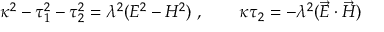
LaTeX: \kappa ^ { 2 } - \tau _ { 1 } ^ { 2 } - \tau _ { 2 } ^ { 2 } = \lambda ^ { 2 } ( E ^ { 2 } - H ^ { 2 } ) ~ , \qquad \kappa \tau _ { 2 } = - \lambda ^ { 2 } ( \vec { E } \cdot \vec { H } )